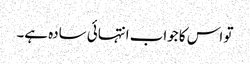
تو اس کا جواب انتہائی سادہ ہے۔